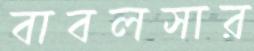
বাবলসার